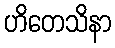
ဟိတေသိနာ